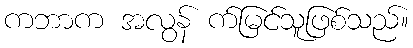
ကဘာက အလွန် က်မြင်သူဖြစ်သည်။